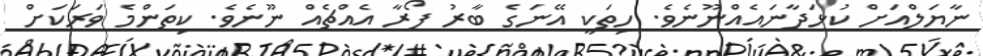
ނާޔަލްއަށް ކުޅަދާނައެއްނޫނެވެ. ހިތަކީ އޭނަގެ ބާރު ފޯރާ އެއްޗެއް ނޫނެވެ. ކިތަންމެ ވަރަކަށް